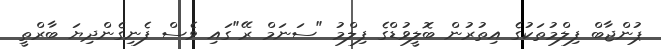
ޕުންޖާބް ފިލްމުތަކުގެ އިތުރުން ބޮލީވުޑްގެ ފިލްމު "ސަނަމް ރޭ"ގައި ވެސް ފެނިގެންދިޔަ ބާރްތީ